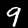
Digit: 9